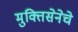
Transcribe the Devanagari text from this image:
मुक्तिसेनेचे